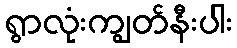
ရွာလုံးကျွတ်နီးပါး